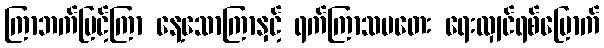
ကြာဘက်မြင့်ကြာ နေ့သောကြာနှင့် ရက်ကြာသပတေး ရေးလျှင်ရစ်မြောက်